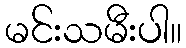
မင်းသမီးပါ။